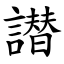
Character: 譛